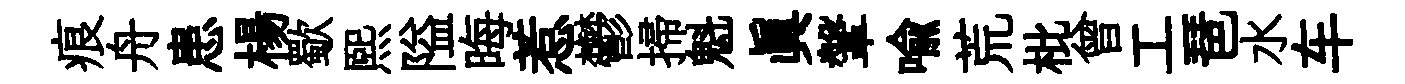
痕舟患楊歜熙隘晦惹鬱掃魁眞鞶喩荒枇曾工琶水车